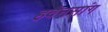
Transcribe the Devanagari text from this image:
हवेनसांग